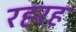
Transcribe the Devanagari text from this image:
रहरह